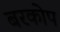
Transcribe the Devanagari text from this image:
बरकोप